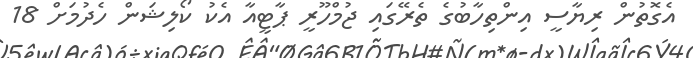
އެގޮތުން ރިޔާސީ އިންތިހާބުގެ ތެރޭގައި ޖުމްހޫރީ ޕާޓީއާ އެކު ކޯލިޝަން ހެދުމަށް 18